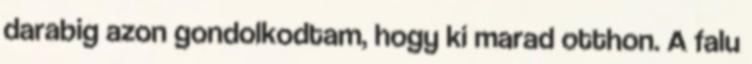
darabig azon gondolkodtam, hogy ki marad otthon. A falu